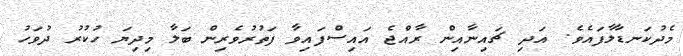
މެދުކަނޑާލާފައެވެ. އަދި ޗައިނާއިން ރާއްޖެ އައިސްފައިވާ ފަތުރުވެރިން ބަލާ މިދިޔަ ހުކުރު ދުވަހު